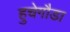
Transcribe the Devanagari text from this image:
हुचेगौडा